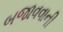
બજાવવાની